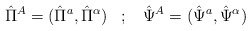
\begin{align*}\hat{\Pi}^{A}=(\hat{\Pi}^{a},\hat{\Pi}^{\alpha}) \; \; \; ; \; \;\;\hat{\Psi}^{A}=(\hat{\Psi}^{a},\hat{\Psi}^{\alpha})\end{align*}